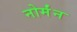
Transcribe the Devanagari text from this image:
नोर्मंन